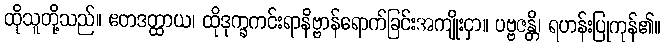
ထိုသူတို့သည်။ ဧတဒတ္ထာယ၊ ထိုဒုက္ခကင်းရာနိဗ္ဗာန်ရောက်ခြင်းအကျိုးငှာ။ ပဗ္ဗဇန္တိ၊ ရဟန်းပြုကုန်၏။